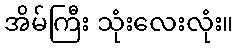
အိမ်ကြီး သုံးလေးလုံး။